Annual report on the Civil Veterinary Department, Burma (including the Insein Veterinary School) - 1923-1931
Year: 1923
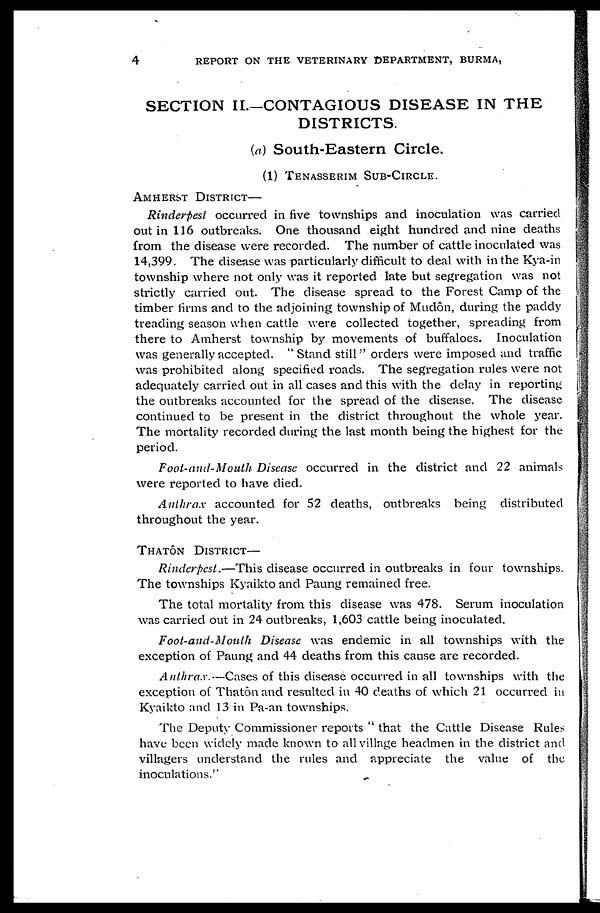
4
REPORT ON THE VETERINARY DEPARTMENT, BURMA,
SECTION II.—CONTAGIOUS DISEASE IN THE
DISTRICTS.
(a) South-Eastern Circle.
(1) TENASSERIM SUB-CIRCLE.
AMHERST DISTRICT—
Rinderpest occurred in five townships and inoculation was carried
out in 116 outbreaks. One thousand eight hundred and nine deaths
from the disease were recorded. The number of cattle inoculated was
14,399. The disease was particularly difficult to deal with in the Kya-in
township where not only was it reported late but segregation was not
strictly carried out. The disease spread to the Forest Camp of the
timber firms and to the adjoining township of Mudôn, during the paddy
treading season when cattle were collected together, spreading from
there to Amherst township by movements of buffaloes. Inoculation
was generally accepted. " Stand still" orders were imposed and traffic
was prohibited along specified roads. The segregation rules were not
adequately carried out in all cases and this with the delay in reporting
the outbreaks accounted for the spread of the disease. The disease
continued to be present in the district throughout the whole year.
The mortality recorded during the last month being the highest for the
period.
Foot-and-Mouth Disease occurred in the district and 22 animals
were reported to have died.
Anthrax accounted for 52 deaths, outbreaks being distributed
throughout the year.
THATÔN DISTRICT—
Rinderpest.—This disease occurred in outbreaks in four townships.
The townships Kyaikto and Paung remained free.
The total mortality from this disease was 478. Serum inoculation
was carried out in 24 outbreaks, 1,603 cattle being inoculated.
Foot-and-Mouth Disease was endemic in all townships with the
exception of Paung and 44 deaths from this cause are recorded.
Anthrax.—Cases of this disease occurred in all townships with the
exception of Thatôn and resulted in 40 deaths of which 21 occurred in
Kyaikto and 13 in Pa-an townships.
The Deputy Commissioner reports " that the Cattle Disease Rules
have been widely made known to all village headmen in the district and
villagers understand the rules and appreciate the value of the
inoculations."